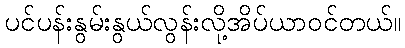
ပင်ပန်းနွမ်းနွယ်လွန်းလို့အိပ်ယာဝင်တယ်။